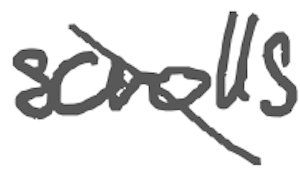
Text: scrolls
Cross-out: diagonal
Writing tool: digital_gray